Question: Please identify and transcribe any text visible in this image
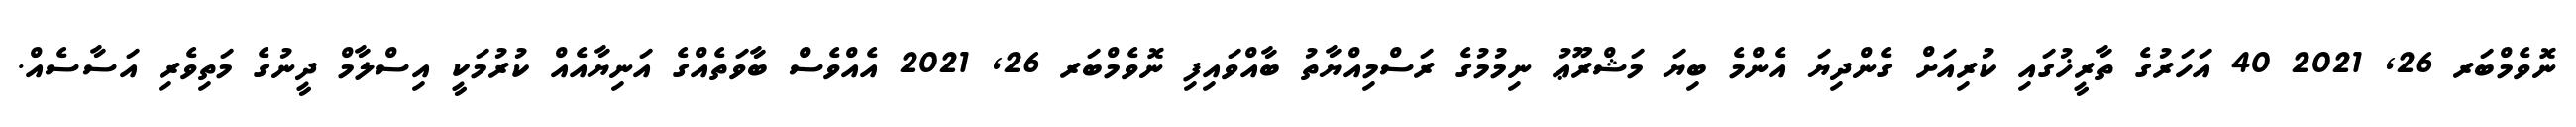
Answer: ނޮވެމްބަރ 26, 2021 40 އަހަރުގެ ތާރީޚުގައި ކުރިއަށް ގެންދިޔަ އެންމެ ބިޔަ މަޝްރޫޢު ނިމުމުގެ ރަސްމިއްޔާތު ބާއްވައިފި ނޮވެމްބަރ 26, 2021 އެއްވެސް ބާވަތެއްގެ އަނިޔާއެއް ކުރުމަކީ އިސްލާމް ދީނުގެ މަތިވެރި އަސާސެއް.